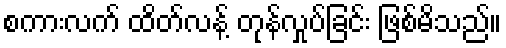
စကားလက် ထိတ်လန့် တုန်လှုပ်ခြင်း ဖြစ်မိသည်။